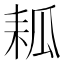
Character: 㼍